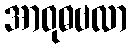
အာဝုဓဗလာ